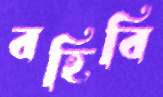
বহিবি